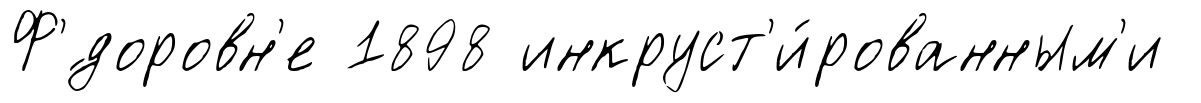
Ф'́доровн'е 1898 инкруст'и́рованным'и